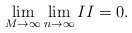
\begin{align*}\lim_{M\rightarrow\infty}\lim_{n\rightarrow\infty} II = 0 .\end{align*}